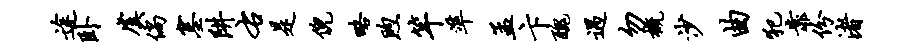
途卧虞倘塞阱右是倪略煦竿准孟卞丑遇勿概沙曲犯靠份渚